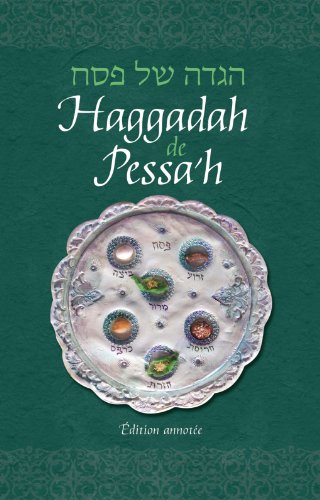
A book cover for Haggadah for Pesach, French Annotated Edition (French Edition); Rabbi Jacob Immanuel Schochet; Religion & Spirituality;